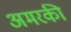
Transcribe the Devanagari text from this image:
अमरकी